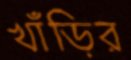
খাঁড়ির